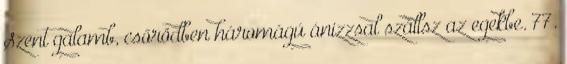
Szent galamb, csőrödben háromágú ánizzsal szállsz az egekbe. 77.